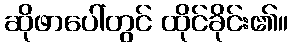
ဆိုဖာပေါ်တွင် ထိုင်ခိုင်း၏။